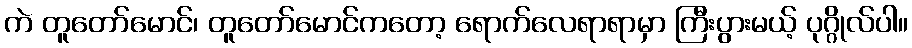
ကဲ တူတော်မောင်၊ တူတော်မောင်ကတော့ ရောက်လေရာရာမှာ ကြီးပွားမယ့် ပုဂ္ဂိုလ်ပါ။